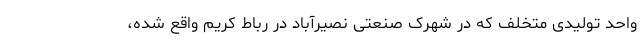
واحد تولیدی متخلف که در شهرک صنعتی نصیرآباد در رباط کریم واقع شده،